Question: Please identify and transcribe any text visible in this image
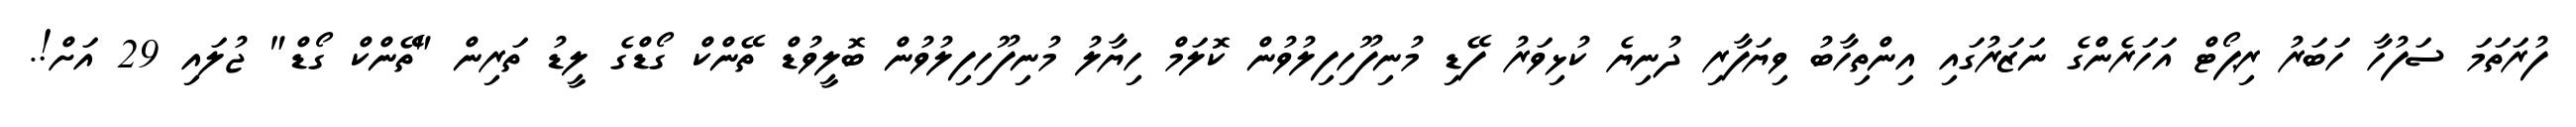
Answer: ފުރަތަމަ ސަފުހާ ހަބަރު ރިޕޯޓް އަހަރެންގެ ނަޒަރުގައި އިންތިހާބު ވިޔަފާރި ދުނިޔެ ކުޅިވަރު ފޭޑި މުނިފޫހިފިލުވުން ކޮލަމް ހިޔާލު މުނިފޫހިފިލުވުން ބޮލީވުޑް ތޭންކް ގޯޑްގެ ލީޑު ތަރިން "ތޭންކް ގޯޑް" ޖުލައި 29 އަށް!.